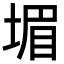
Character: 堳